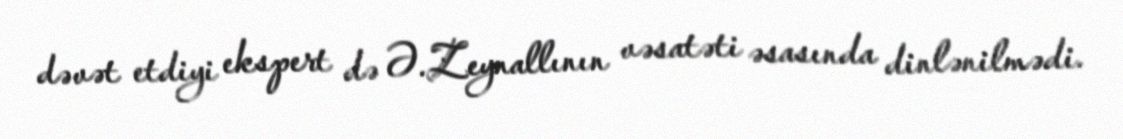
dəvət etdiyi ekspert də Ə.Zeynallının vəsatəti əsasında dinlənilmədi.